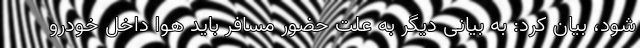
شود، بیان کرد: به بیانی دیگر به علت حضور مسافر باید هوا داخل خودرو